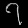
Digit: ၇